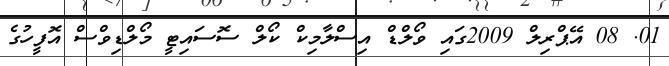
01. 08 އޭޕްރިލް 2009ގައި ވޯލްޑް އިސްލާމިކް ކޯލް ސޮސައިޓީ މޯލްޑިވްސް އޮފީހުގެ